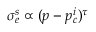
\sigma _ { e } ^ { s } \propto ( p - p _ { c } ^ { i } ) ^ { \tau }